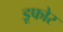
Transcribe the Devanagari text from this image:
डूफोर